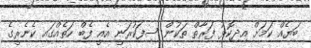
ބަޔެއް ކަމަށް އިދިކޮޅު ފަރާތް ތަކުން ސިފަކުރަނީ އެއީ ފެބް ހަތެއްގައި ކެނެރީގެ